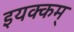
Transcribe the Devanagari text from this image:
इयक्कम्